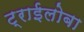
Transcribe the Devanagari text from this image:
ट्राईलोबा